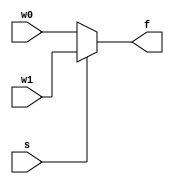
`timescale 1ns / 1ps
//////////////////////////////////////////////////////////////////////////////////
// Company: 
// Engineer: 
// 
// Design Name: 
// Module Name: mux_2x1_nbit
// Project Name: 
// Target Devices: 
// Tool Versions: 
// Description: 
// 
// Dependencies: 
// 
// Revision:
// Revision 0.01 - File Created
// Additional Comments:
// 
//////////////////////////////////////////////////////////////////////////////////

//Parametrized nbit 2x1 MUX
module mux_2x1_nbit
    #(parameter N = 3)(
    input [N-1:0] w0,
    input [N-1:0] w1,
    input s, //select
    output reg [N-1:0] f //any output within an always statement is a register so use reg keyword!
    );
    
    
    
    always @(w0, w1, s) //execute if w0, w1, or s is changed
    begin
        //conditioning operator
         f = s?w1:w0; // A?:B:C this means What is the status of A is it asserted or not asserted?
        //if A is asserted return B and if not assert w0.
        //Based on s it will assign the corresponding output
        //don't need an assign keyword because it is not a continuous assignment anymore it is a procedural assignment
        //meaning it is only assigning when there is a change to w0, w1, s
    
    end
    
endmodule